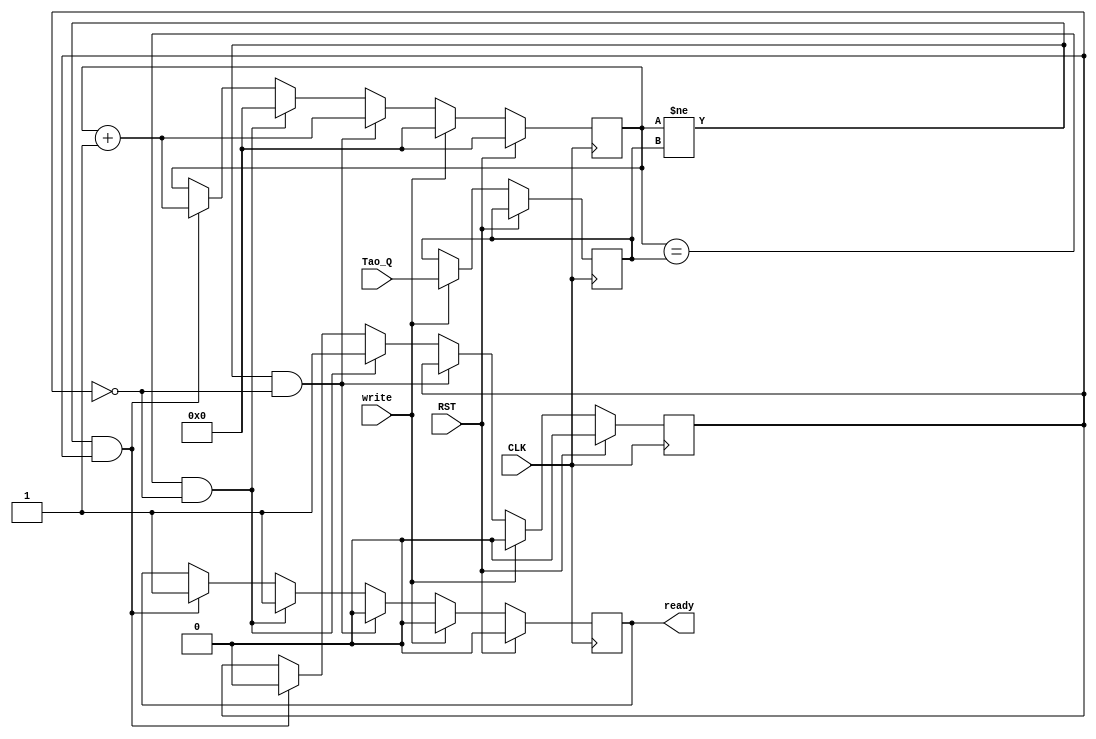
module TRI_gen(CLK, RST, Tao_Q, write, ready);
input CLK,RST,write;
input [31:0] Tao_Q;
output reg ready=0;

reg [31:0] Tao_cnt=8'hff;
reg [31:0] tmp_cnt=0;
reg ready2;
//reg [31:0] Tao_cnt1=16'hFFFF;
always @(posedge CLK)
		if (RST) begin
			tmp_cnt<=0;
			ready<=0;
			ready2<=0;
			end
			
		else if (write) begin //update triggering time interval
			Tao_cnt<=Tao_Q;
			tmp_cnt<=0;
			ready<=0;
			ready2<=0;
			end
			
		else if (tmp_cnt!=Tao_cnt && !ready2) begin //accumulating
			tmp_cnt<=tmp_cnt+1;
			ready<=0;
			end
			
		else if (tmp_cnt==Tao_cnt &&!ready2)begin //first cycle positive on ready
			ready<=1;
			ready2<=1;
			tmp_cnt<=0;
			end	
			
		else if (tmp_cnt!=Tao_cnt && ready2) begin //second cycle positive on ready
			tmp_cnt<=tmp_cnt+1;
			ready<=1;
			ready2<=0;
			end

endmodule